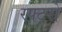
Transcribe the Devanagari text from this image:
रफ्टरों